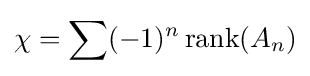
\chi =\sum (-1)^{n}\,\mathrm {rank} (A_{n})